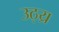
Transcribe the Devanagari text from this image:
उठ्य्र